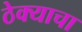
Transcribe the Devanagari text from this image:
ठेक्याचा